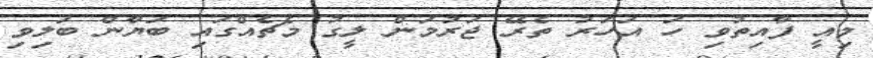
މިއީ ފާއިތުވި ހަ އަހަރު ތެރޭ ޖަރުމަން ލީގު މެޗެއްގައި ބަޔާން ބަލިވި